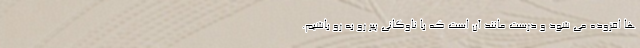
ها افزوده می شود و درست مانند آن است که با ناوگانی پیر رو به رو باشیم.